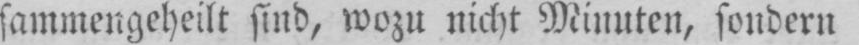
sammengeheilt sind, wozu nicht Minuten, sondern